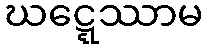
ဃဋ္ဋေဿာမ